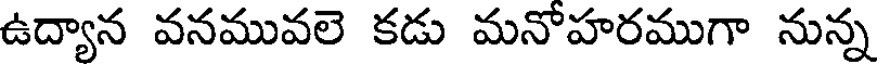
ఉద్యాన వనమువలె కడు మనోహరముగా నున్న